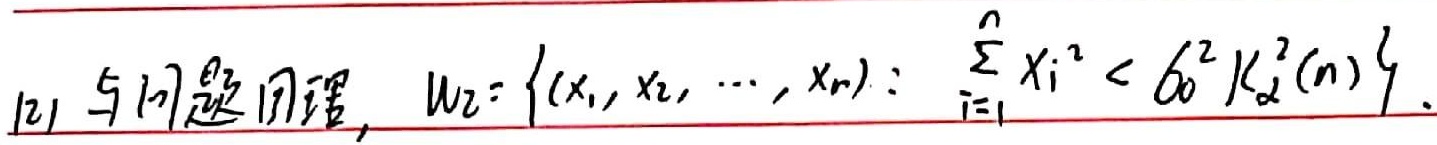
(2) 与问题同理，$W_{2}=\left\{(x_{1},x_{2},\cdots,x_{n}): \sum_{i = 1}^{n}x_{i}^{2}<\delta^{2}\chi_{\alpha}^{2}(n)\right\}.$